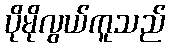
ပိုမိုလွယ်ကူသည်